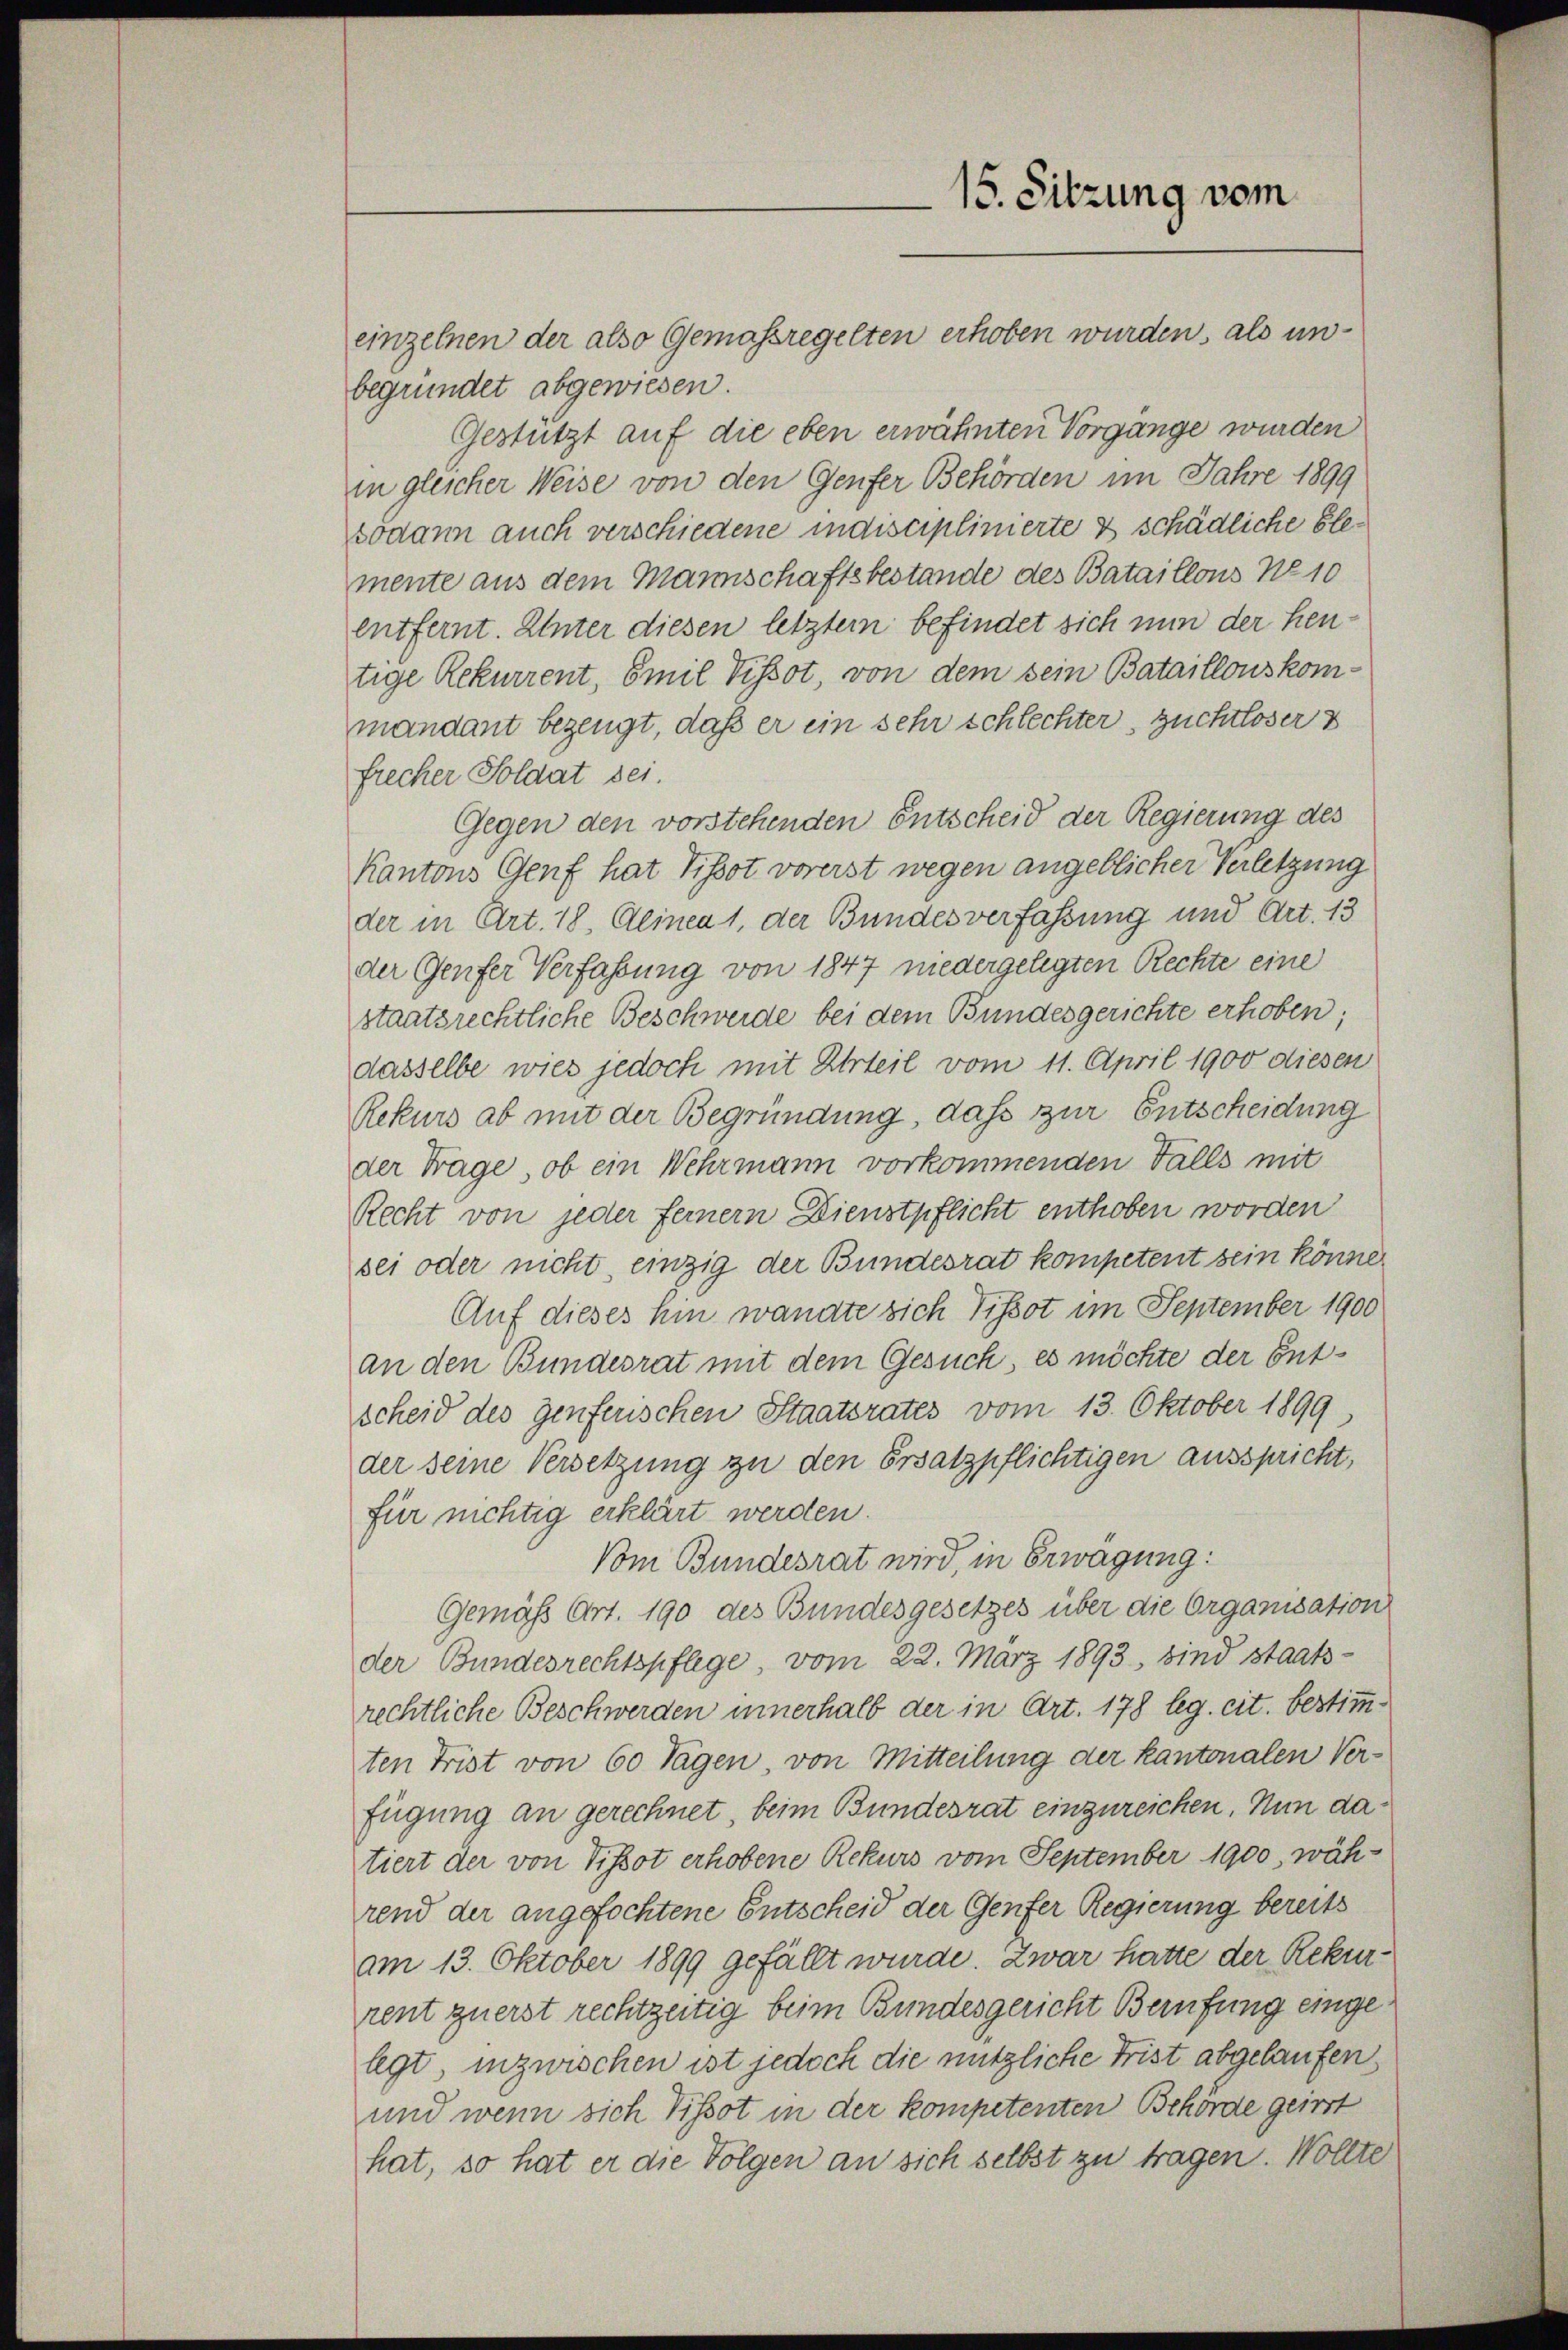
einzelnen der also Gemassregelten erhoben wurden, als unbegründet abgewiesen.
Gestützt auf die eben erwähnten Vorgange wurden
in gleicher Weise von den Genfer Behörden im Jahre 1899
sodann auch verschiedene indisciplinierte & schädliche blemente aus dem Mannschaftsbestande des Bataillons No 10
entfernt. Unter diesen letztem befindet sich nun der heutige Rekurrent, Emil Tissot, von dem sein Bataillonskommandant bezeugt, daß er ein sehr schlechter, Zuchtloser
frecher Soldat sei.
Gegen den vorstehenden Entscheid der Regierung des
Kantons Genf hat Tissot vorerst wegen angeblicher Verletzung
der in Art. 18, Alinea 1, der Bundesverfassung und Art. 13
der Genfer Verfassung von 1847 niedergelegten Rechte eine
staatsrechtliche Beschwerde bei dem Bundesgerichte erhoben;
dasselbe wies jedoch mit Urteil vom 11. April 1900 diesen
Rekurs ab mit der Begründung, daß zur Entscheidung
der Trage, ob ein Wehrmann vorkommenden Falls mit
Recht von jeder ferner Dienstpflicht enthoben worden
sei oder nicht, einzig der Bundesrat kompetent sein könne,
Auf dieses hin wandte sich Tissot im September 1900
an den Bundesrat mit dem Gesuch, es möchte der Entscheid des Genferischen Staatsrates vom 13. Oktober 1899.
der seine Versetzung zu den Ersatzpflichtigen ausspricht,
für nichtig erklärt werden.
Vom Bundesrat wird, in Erwägung:
Gemäß Art. 190 des Bundesgesetzes über die Organisation
der Bundesrechtspflege, vom 22. März 1893, sind staats-
rechtliche Beschwerden innerhalb der in Art. 178 leg. cit. bestimmten Frist von 60 Tagen, von Mitteilung der kantonalen Verfügung an gerechnet, beim Bundesrat einzureichen. Nun datiert der von Tissot erhobene Rekurs vom September 1900, während der angefochtene Entscheid der Genfer Regierung bereits
am 13. Oktober 1899 gefällt wurde. Zwar hatte der Rekurrent zuerst rechtzeitig beim Bundesgericht Berufung eingelegt inzwischen ist jedoch die nützliche Frist abgelaufen
und wenn sich Tissot in der kompetenten Behörde geirrt
hat, so hat er die Folgen an sich selbst zu tragen. Wollte

15. Sitzung vom